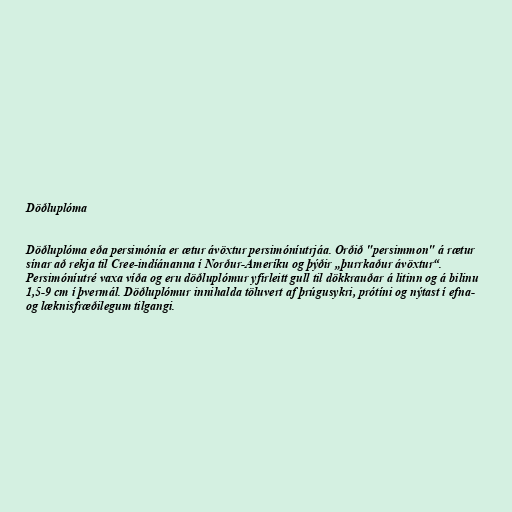
Döðluplóma

Döðluplóma eða persimónía er ætur ávöxtur persimóníutrjáa. Orðið "persimmon" á rætur
sínar að rekja til Cree-indíánanna í Norður-Ameríku og þýðir „þurrkaður ávöxtur“.
Persimóníutré vaxa víða og eru döðluplómur yfirleitt gull til dökkrauðar á litinn og á bilinu
1,5-9 cm í þvermál. Döðluplómur innihalda töluvert af þrúgusykri, prótíni og nýtast í efna-
og læknisfræðilegum tilgangi.